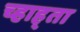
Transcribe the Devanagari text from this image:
च्हाह्ता